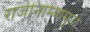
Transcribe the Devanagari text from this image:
राजीनाम्यामुळे